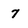
Character: 7